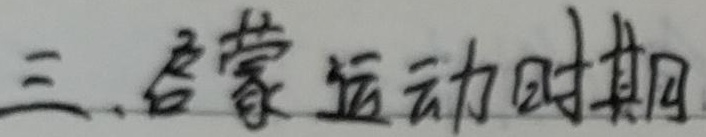
三、启蒙运动时期